Senior Leaving Certificate Examination (including Day School Certificate (Higher) General paper), 1949
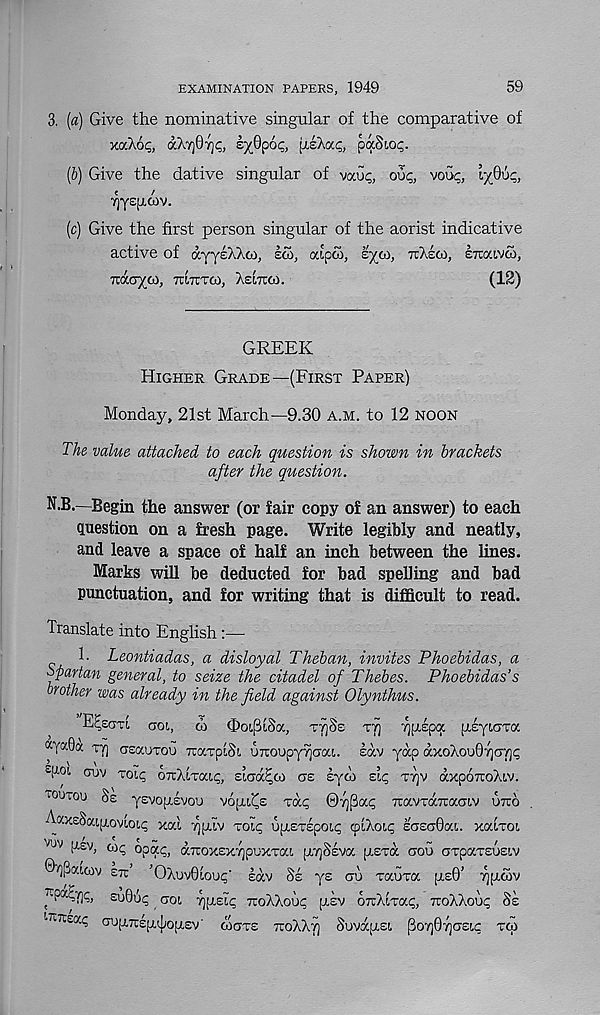
EXAMINATION PAPERS, 1949
59
3. [a) Give the nominative singular of the comparative of
xtxXo^, aATjOrjC, z-fipoq, {xzkv.q, paSior.
(&) Give the dative singular of vocG<;, ou<;, vou^,
TQyspoiv.
(c) Give the first person singular of the aorist indicative
active of ayylXXoi, sol, aipoi, syoi, ttXsoi, STcawco,
Tiacryco, tcitctco, Xsitcoi.
(12)
GREEK
Higher Grade—(First Paper)
Monday, 21st March—9.30 a.m. to 12 noon
The value attached to each question is shown in brackets
after the question.
N.B.—Begin the answer (or fair copy of an answer) to each
question on a fresh page. Write legibly and neatly,
and leave a space of half an inch between the lines.
Marks will be deducted for bad spelling and bad
punctuation, and for writing that is difficult to read.
Translate into English—-
1. Leontiadas, a disloyal Theban, invites Phoebidas, a
fpartan general, to seize the citadel of Thebes. Phoebidas’s
brother was already in the field against Olynthus.
COL, (I) OoiPlSa, TTjSs T7) TjjKpa piiyicTcc
ayaGa ty] csgcutou racTpLch UTCOupyYjcoa. lav yap dxoXou07)CY]<;
£ [ioi cuv Toiq OTrXiTaip, sicd^co ce lyoi eic, ttjv axpoiroXiv.
lOUtou Se yEvopilvou vopi^s cap ©7]Pac; TravTaTcaciv utco
A-axeSaipiovioip xal ypilv voip upLETepoip qxXoic; £CEc0ai. xaiTOi
Jw
aTcoxExvjpuxTai [TYiSIva pExa cou cxpaTEUEiv
OyiPklcov etc
OXuv0ioup' lav SI ye au xauxa pi£0’ ^picov
^•poc^rjq, su0up col vj^elc tcoXXoup [tev OTCXixap, TCoXXoup Si
'TCTCSac Crup.TCEp.^0p,EV' (ACXE TCoXX^ SuvdfXEI. PoY]07jCEI,C XCp